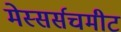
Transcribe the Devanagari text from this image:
मेस्सर्सचमीट